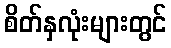
စိတ်နှလုံးများတွင်